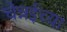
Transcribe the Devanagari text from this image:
चेन्नईच्‍या